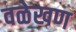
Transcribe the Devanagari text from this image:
वळेखण